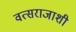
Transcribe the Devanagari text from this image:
वत्सराजाशी